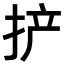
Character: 𫼪